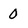
Character: 0